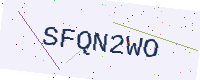
Text: SFQN2WO